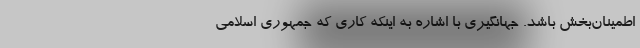
اطمینان‌بخش باشد. جهانگیری با اشاره به اینکه کاری که جمهوری اسلامی